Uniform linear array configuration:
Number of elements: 8
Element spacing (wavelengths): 0.5
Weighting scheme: cosine
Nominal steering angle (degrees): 60
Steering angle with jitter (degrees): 58.95
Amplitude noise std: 0.05
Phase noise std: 0.05

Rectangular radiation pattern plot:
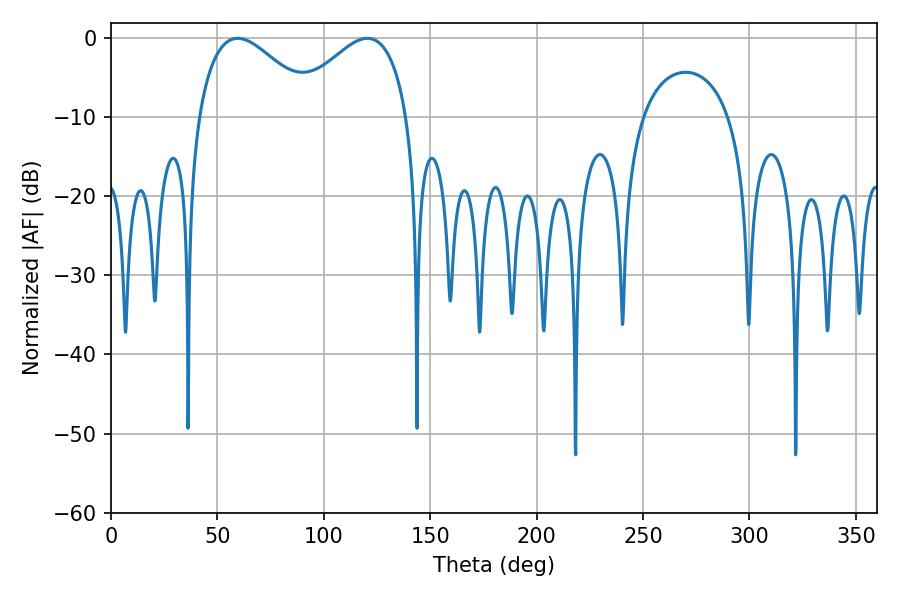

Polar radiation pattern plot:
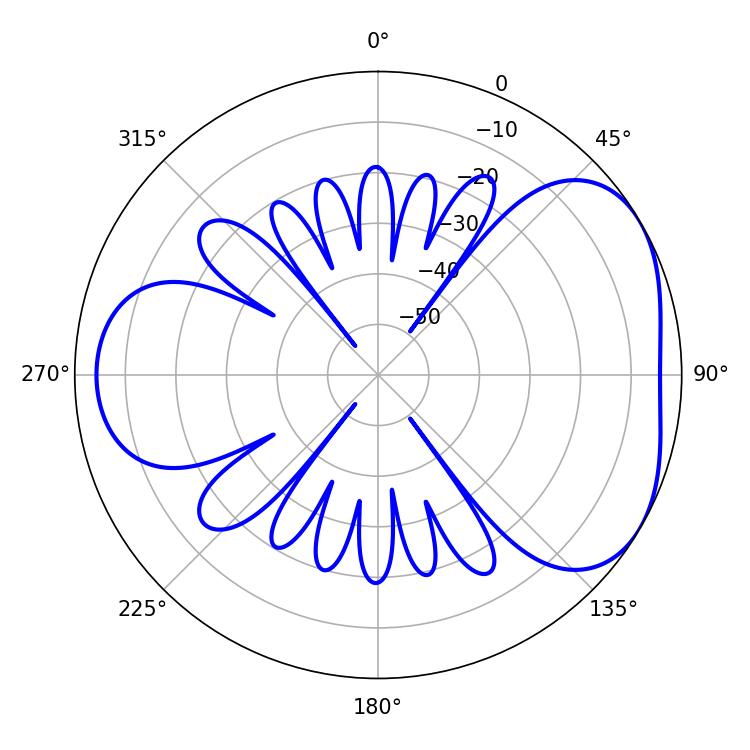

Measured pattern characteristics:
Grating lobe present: FALSE
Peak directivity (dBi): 4.248
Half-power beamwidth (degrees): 30.06
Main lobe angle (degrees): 59.58